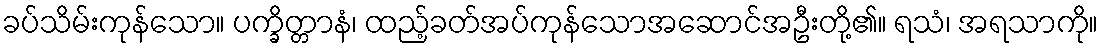
ခပ်သိမ်းကုန်သော။ ပက္ခိတ္တာနံ၊ ထည့်ခတ်အပ်ကုန်သောအဆောင်အဦးတို့၏။ ရသံ၊ အရသာကို။